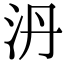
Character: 𣲥